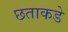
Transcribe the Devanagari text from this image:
छताकडे